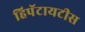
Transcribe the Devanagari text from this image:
हिपॅटायटीस